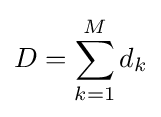
D=\sum _{k=1}^{M}d_{k}